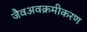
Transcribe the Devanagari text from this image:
जैवअवक्रमीकरण